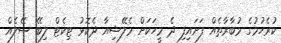
ކުރެހުމުގެ މުބާރާތެއް ފަށައިފި ދެ މީހަކަށް މެލޭޝިއާ ދެކޮޅު ޓިކެޓް ލިބޭ ސޭލެއް